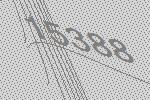
15388